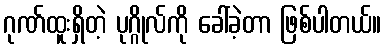
ဂုဏ်ထူးရှိတဲ့ ပုဂ္ဂိုလ်ကို ခေါ်ခဲ့တာ ဖြစ်ပါတယ်။